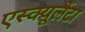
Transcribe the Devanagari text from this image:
एस्क्यूलेंटा